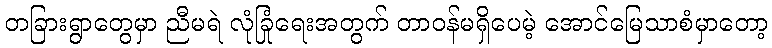
တခြားရွာတွေမှာ ညီမရဲ လုံခြုံရေးအတွက် တာဝန်မရှိပေမဲ့ အောင်မြေသာစံမှာတော့